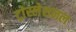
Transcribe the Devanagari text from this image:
ट्रांस्लेशनल